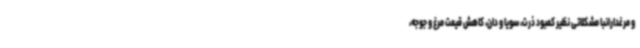
و مرغدارانبا مشکلاتی نظیر کمبود ذرت، سویا و دان، کاهش قیمت مرغ و جوجه،